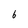
Character: 6